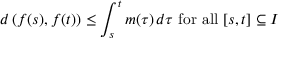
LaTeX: d \left( f ( s ) , f ( t ) \right) \leq \int _ { s } ^ { t } m ( \tau ) \, d \tau { \mathrm { ~ f o r ~ a l l ~ } } [ s , t ] \subseteq I